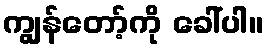
ကျွန်တော့်ကို ခေါ်ပါ။